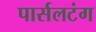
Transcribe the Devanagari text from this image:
पार्सलटंग